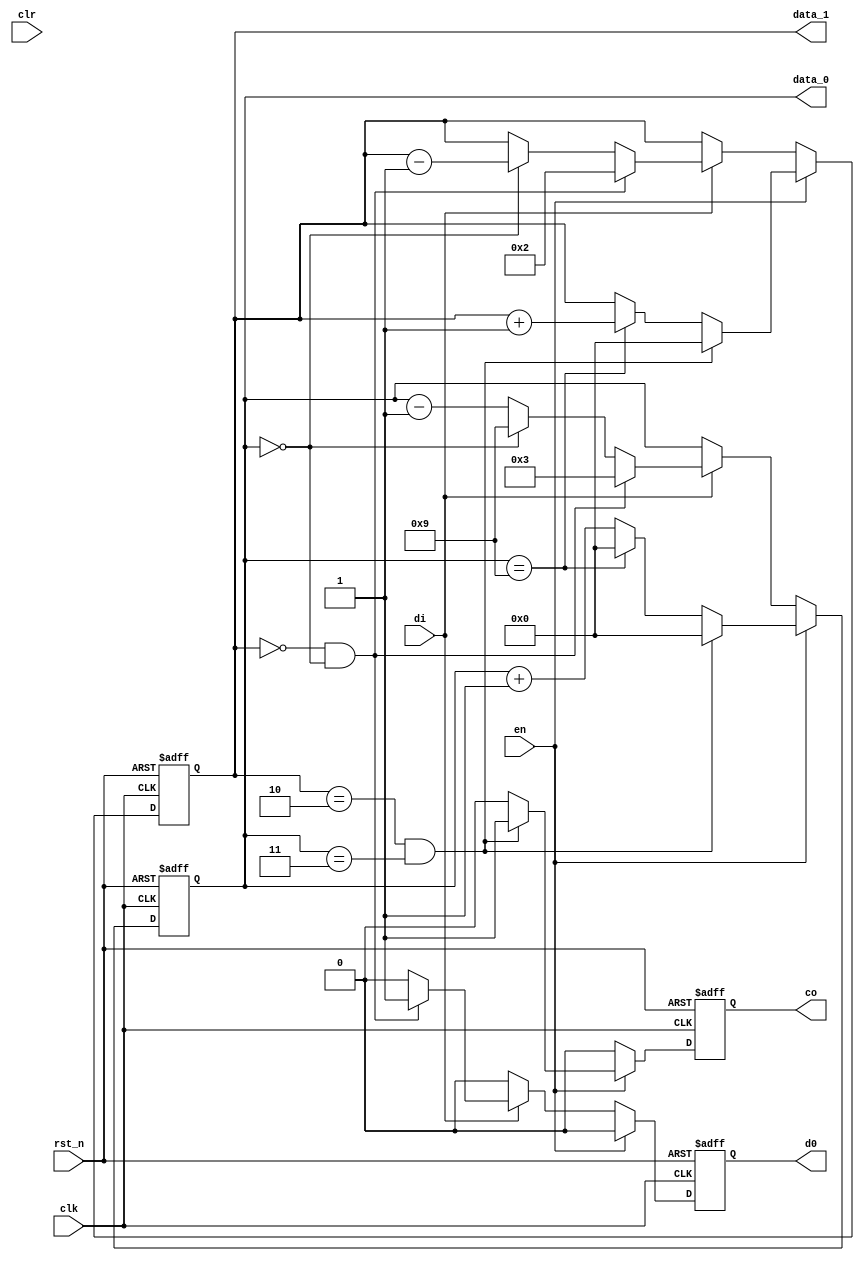
`timescale 1ns / 1ps
//////////////////////////////////////////////////////////////////////////////////
// Company: 
// Engineer: 
// 
// Design Name: 
// Module Name:    Counter_M24 
// Project Name: 
// Target Devices: 
// Tool versions: 
// Description: 
//
// Dependencies: 
//
// Revision: 
// Revision 0.01 - File Created
// Additional Comments: 
//
//////////////////////////////////////////////////////////////////////////////////
module Counter_M24(
	input          clk,
	input          rst_n,
	input          en,
	input          clr,
	input          di,
	output reg[3:0]data_0,
	output reg[3:0]data_1,
	output reg     co,
	output reg     d0
    );

always@(posedge clk or negedge rst_n)
begin
	if(!rst_n)
	begin
		data_0 <= 4'd0;
		data_1 <= 4'd0;
		co <= 1'd0;
		d0 <= 1'b0;
	end
	else if(en)
	begin
		if(data_1 == 4'd2 && data_0 == 4'd3)
		begin
			co <= 1'b1;
			d0 <= 1'b0;
			data_0 <= 4'd0;
			data_1 <= 4'd0;
		end
		else
		begin
			co <= 1'b0;
			d0 <= 1'b0;
			if(data_0 == 9)
			begin
				data_0 <= 4'd0;
				data_1 <= data_1 + 4'd1;
			end
			else
			begin
				data_0 <= data_0 + 4'd1;
			end
		end
	end
	else if(di)
	begin
		if(data_1 == 4'd0 && data_0 == 4'd0)
		begin
			co <= 1'b0;
			d0 <= 1'b1;
			data_0 <= 4'd3;
			data_1 <= 4'd2;
		end
		else
		begin
			co <= 1'b0;
			d0 <= 1'b0;
			if(data_0 == 0)
			begin
				data_0 <= 4'd9;
				data_1 <= data_1 - 4'd1;
			end
			else
			begin
				data_0 <= data_0 - 4'd1;
			end
		end
	end
	else
	begin
		co <= 1'b0;
		d0 <= 1'b0;
	end
end

endmodule